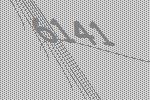
6141